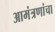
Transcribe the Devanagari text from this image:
आमंत्रणांचा